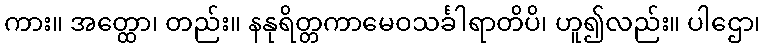
ကား။ အတ္ထော၊ တည်း။ နနုရိတ္တကာမေဝသင်္ခါရာတိပိ၊ ဟူ၍လည်း။ ပါဌော၊